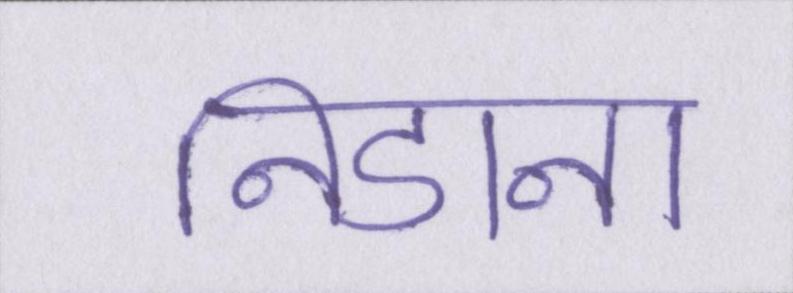
निडाना